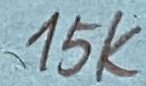
Text: 15K